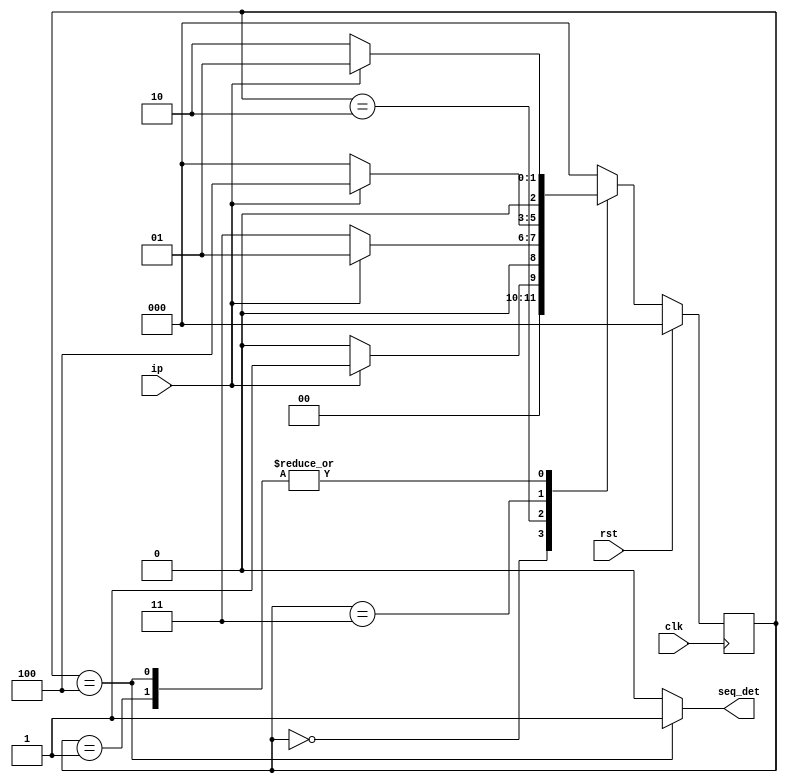
module fsm_1001(input clk,rst,ip,output seq_det);
 reg [2:0] pr_st,nx_st;
 parameter s0=3'b000,s1=3'b001,s2=3'b010,s3=3'b011,s4=3'b100;
 always @(posedge clk)begin
 if(rst)
 pr_st<=s0;
 else
 pr_st<=nx_st;
 end
 assign seq_det=(pr_st==s4)?1'b1:1'b0;
 always @(pr_st,ip)begin
 case(pr_st)
 s0:if(ip==1)
 nx_st<=s1;
 else
 nx_st<=s0;
 s1:if(ip==0)
 nx_st<=s2;
 else
 nx_st<=s1;
 s2:if(ip==0)
 nx_st<=s3;
 else
 nx_st<=s1;
 s3:if(ip==1)
 nx_st<=s4;
 else
 nx_st<=s0;
 s4:if(ip==0)
 nx_st<=s2;
 else
 nx_st<=s1;
 default:nx_st<=s0;
 endcase
 end
endmodule


module tb;
 reg clk,rst,ip;
 wire seq_det;
 fsm_1001 dut(clk,rst,ip,seq_det);
 always #5 clk=~clk;
 initial begin
 clk=0;rst=1;
 #10 rst=0;ip=0;
 #10 ip=1;
 #10 ip=0;
 #10 ip=0;
 #10 ip=1;
 #10 ip=0;
 #10 ip=0;
 #10 ip=1;
 #10 ip=0;
 #10 ip=0;
 #10 ip=1;
 #10 ip=0;
 #150 $finish();
 end
 initial 
 $monitor($time,"clk=%b,rst=%b,ip=%b,seq_det=%b",clk,rst,ip,seq_det);
endmodule